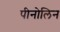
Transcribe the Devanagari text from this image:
पीनोलिन